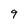
Character: 9